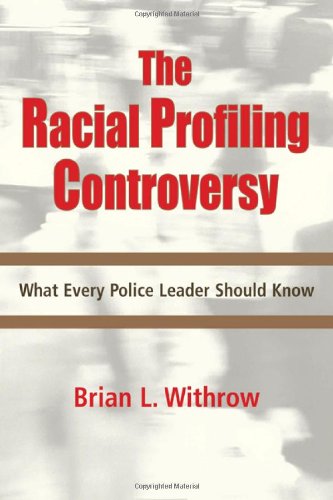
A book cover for The Racial Profiling Controversy; Brian L. Withrow; Law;